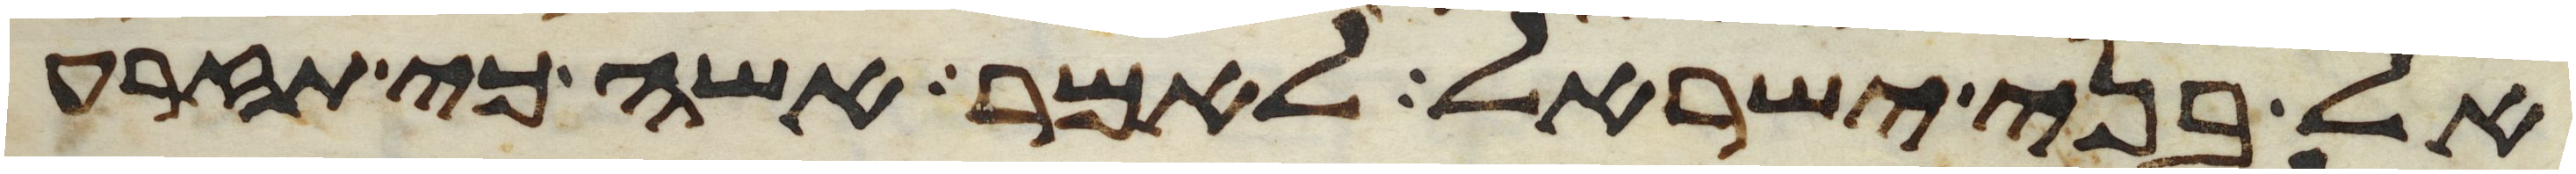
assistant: אל בני ישראל לאמר אשה כי תזרע